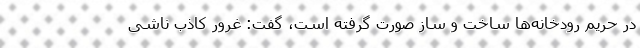
در حریم رودخانه‌ها ساخت و ساز صورت گرفته است، گفت: غرور کاذب ناشی